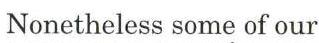
Nonetheless some of our